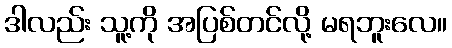
ဒါလည်း သူ့ကို အပြစ်တင်လို့ မရဘူးလေ။